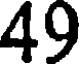
49